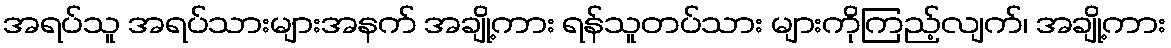
အရပ်သူ အရပ်သားများအနက် အချို့ကား ရန်သူတပ်သား များကိုကြည့်လျက်၊ အချို့ကား